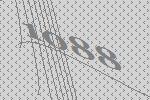
1088